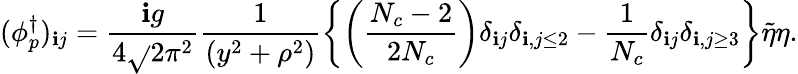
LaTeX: (\phi_{p}^{\dagger})_{\mathbf{i}j}=\frac{{\mathbf{i}g}}{{4\sqrt{}{{2}}\pi^{2}}}\frac{{1}}{{(y^{2}+\rho^{2})}}\left\{ \left(\frac{{N_{c}-2}}{{2N_{c}}}\right)\delta_{\mathbf{i}j}\delta_{\mathbf{i},j\leq2}-\frac{{1}}{{N_{c}}}\delta_{\mathbf{i}j}\delta_{\mathbf{i},j\geq3}\right\} \tilde{{\eta}}\eta.